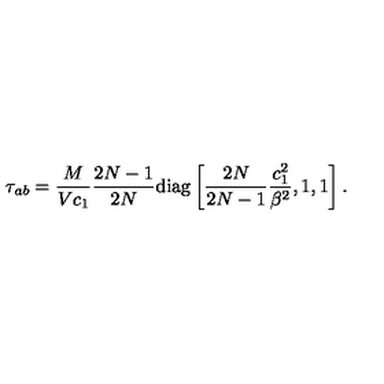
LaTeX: \tau _ { a b } = \frac { M } { V c _ { 1 } } \frac { 2 N - 1 } { 2 N } \mathrm { d i a g } \left[ \frac { 2 N } { 2 N - 1 } \frac { c _ { 1 } ^ { 2 } } { \beta ^ { 2 } } , 1 , 1 \right] .